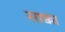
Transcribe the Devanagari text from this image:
साक्का